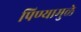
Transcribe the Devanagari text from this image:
पिण्यामुळे